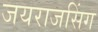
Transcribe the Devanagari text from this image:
जयराजसिंग